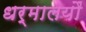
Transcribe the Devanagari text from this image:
धर्मालयौं